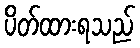
ပိတ်ထားရသည်